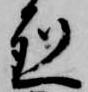
烈